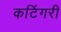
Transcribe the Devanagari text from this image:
कटिंगरी